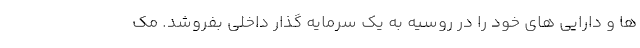
ها و دارایی های خود را در روسیه به یک سرمایه گذار داخلی بفروشد. مک